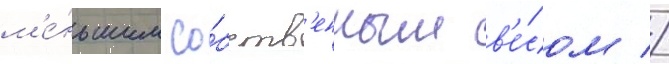
м'е́ньшим со́бств'енным в'е́сом //